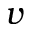
v